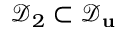
\mathcal { D } _ { 2 } \subset \mathcal { D } _ { \mathbf { u } }